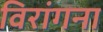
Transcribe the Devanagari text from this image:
विरांगना